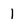
Character: 1